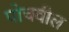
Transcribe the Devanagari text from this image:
पोचवील